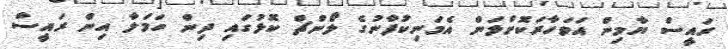
ރައީސް ޔާމިން އަވަހާރަކޮށްލަން އެމަނިކުފާނުގެ ލޯންޗް ކޮޅުގައި ދިން ހަމަލާ އިން ރައީސް